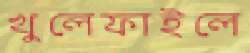
খুলেফাইলে